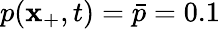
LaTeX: p(\mathbf{x}_{+},t)=\bar{{p}}=0.1